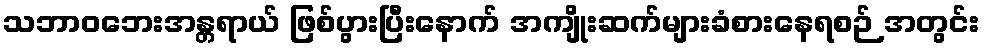
သဘာဝဘေးအန္တရာယ် ဖြစ်ပွားပြီးနောက် အကျိုးဆက်များခံစားနေရစဉ် အတွင်း